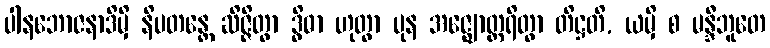
ပါနဘောဇနာဒိမှိ နိပတန္တေ ဆိဇ္ဇိတွာ ဒွိဓာ ဟုတွာ ပုန အဇ္ဈောတ္ထရိတွာ တိဋ္ဌတိ, ယမှိ စ မန္ဒီဘူတေ